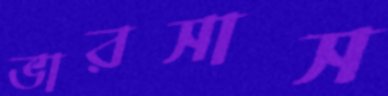
ভারসাস